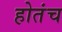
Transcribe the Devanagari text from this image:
होतंच